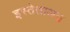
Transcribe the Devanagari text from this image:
इस्तेताअत